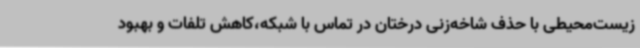
زیست‌محیطی با حذف شاخه‌زنی درختان در تماس با شبکه،کاهش تلفات و بهبود